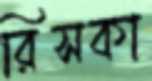
রিসকা